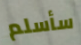
سأسلم